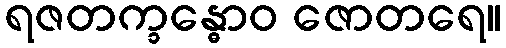
ရဇတက္ခန္ဓောဝ ဇောတရေ။